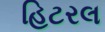
હિટરલ